DOW-UAP-D48, Department of the Air Force Report, 1996
Agency: Department of War
Incident date: 9/10/96
Page 85
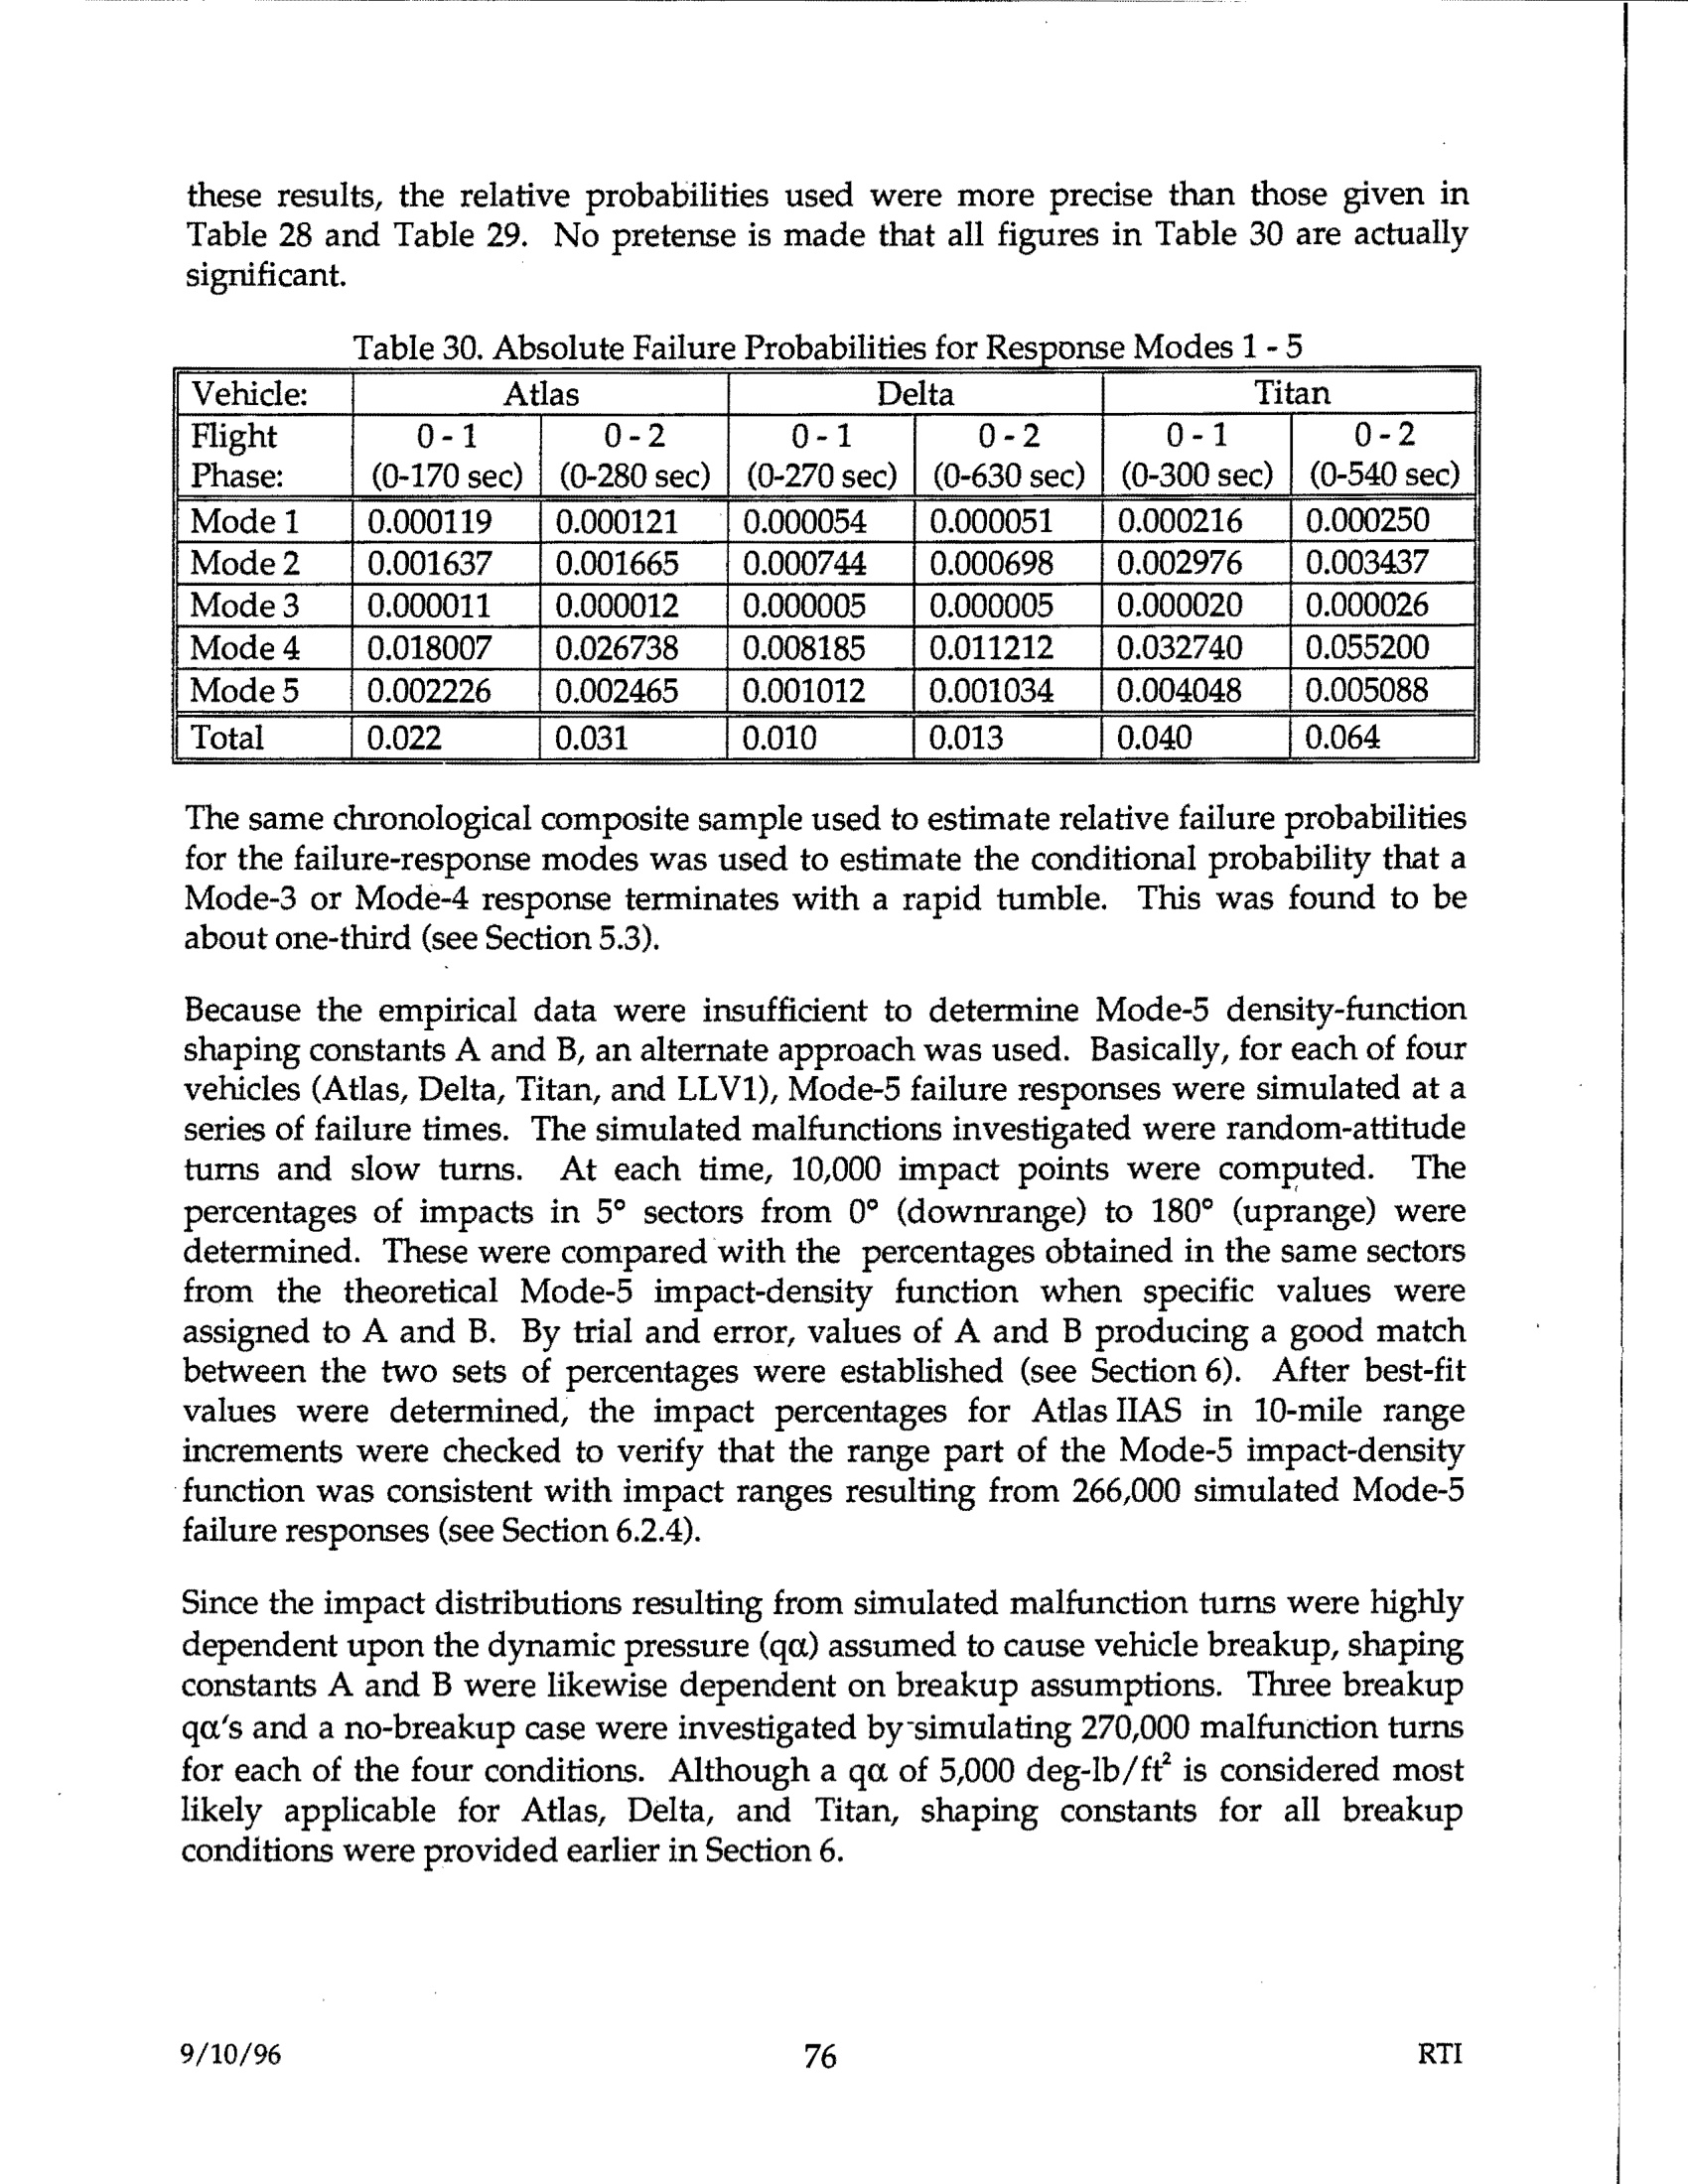